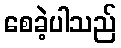
စေခဲ့ပါသည်